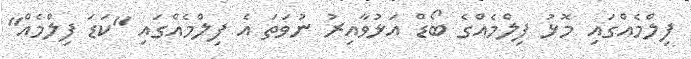
ފިލްމެއްގައި މޮޅު ފިލްމެއްގެ ބޯޑް އަޅުވާއިރު ނުވަތަ އެ ފިލްމެއްގައި "ކަޑަ ފިލްމެއް"